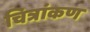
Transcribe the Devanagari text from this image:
चित्रांकण